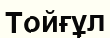
Тойғұл